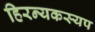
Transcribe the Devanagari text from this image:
हिरन्यकस्यप